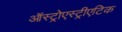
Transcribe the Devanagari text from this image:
ऑस्ट्रोएस्ट्रीएटिक